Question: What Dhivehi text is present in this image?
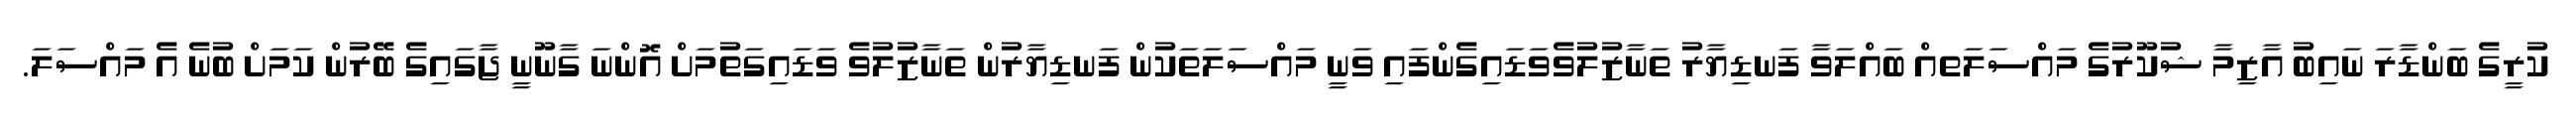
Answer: ކުރީގެ ބަންޑާރަ ނައިބު އާޒިމާ ޝުކޫރުގެ މައްސަލަތއް ބައްލަވާ ފަނޑިޔާރު ތަނާޒުލުވެވަޑައިގެންފައި ވަނީ މައްސަލަތަކުން ފަނޑިޔާރުން ތަނާޒުލުވެ ވަޑައިގަތުމަށް އޮންނަ ގާނޫނީ ޖާގައިގެ ބޭރުން ކަމަށް ބުނެ އެ މައްސަލަ.